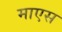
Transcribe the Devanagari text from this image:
माएस